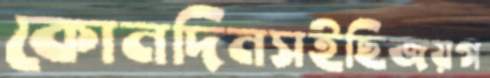
কোনদিনসইছিজয়গ